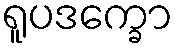
ရူပဒက္ခော